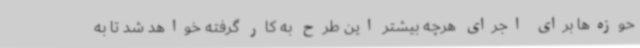
حوزه‌ها برای اجرای هرچه بیشتر این طرح به کار گرفته خواهد شد تا به